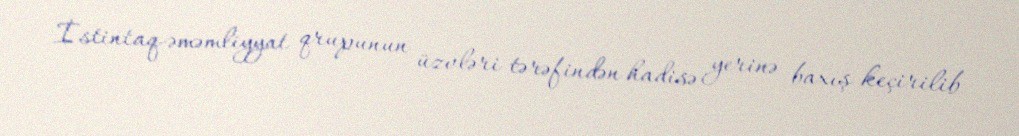
İstintaq-əməmliyyat qrupunun üzvləri tərəfindən hadisə yerinə baxış keçirilib